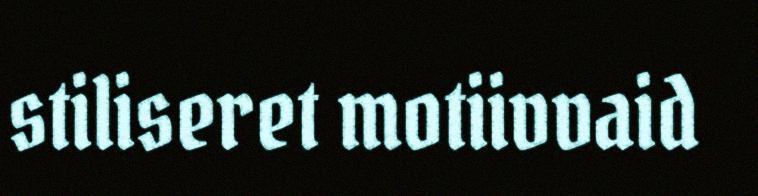
stiliseret motiivvaid